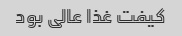
کیفت غذا عالی بود